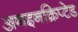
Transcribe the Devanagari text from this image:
अनइनक्रिप्टेड